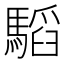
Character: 𩥅